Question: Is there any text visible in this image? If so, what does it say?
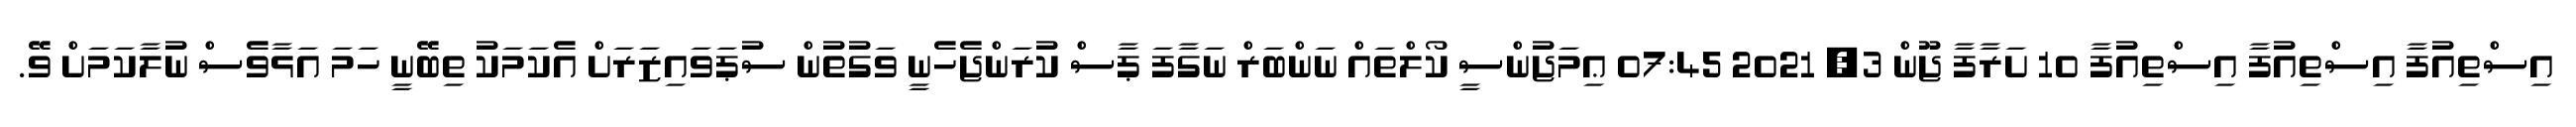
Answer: އިސްތިއުފާ އިސްތިއުފާ އިސްތިއުފާ 10 ށަރާފާ ޖޫން 3, 2021 07:45 ޢިމަޖުންސީ ކޯލްތައް ނަންބަރް ނަގާފަ ޕާސް ކުރަންޖެހެނީ ވަގުތުން ސުޕަވައިޒަރަށް އެކަމަކު ތިބޭނީ ހަމަ އަޅާވެސް ނުލާކަމަށް ވޭ.